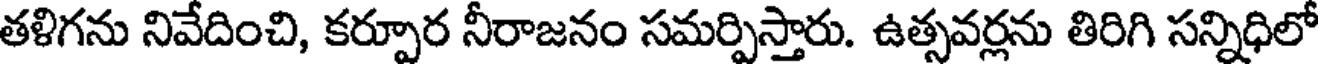
తళిగను నివేదించి, కర్పూర నీరాజనం సమర్పిస్తారు. ఉత్సవర్లను తిరిగి సన్నిధిలో